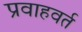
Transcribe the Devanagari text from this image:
प्रवाहवर्त